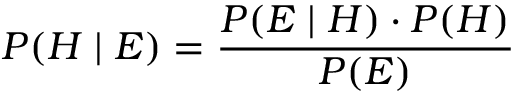
P ( H \mid E ) = { \frac { P ( E \mid H ) \cdot P ( H ) } { P ( E ) } }